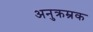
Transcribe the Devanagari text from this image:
अनुक्रम्रक